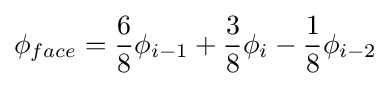
\phi _{face}={\frac {6}{8}}\phi _{i-1}+{\frac {3}{8}}\phi _{i}-{\frac {1}{8}}\phi _{i-2}